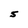
Character: S